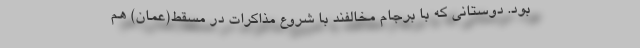
بود. دوستانی که با برجام مخالفند با شروع مذاکرات در مسقط(عمان) هم